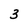
Character: 3